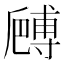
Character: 𠪻